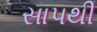
સાપથી